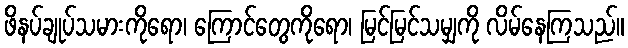
ဖိနပ်ချုပ်သမားကိုရော၊ ကြောင်တွေကိုရော၊ မြင်မြင်သမျှကို လိမ်နေကြသည်။